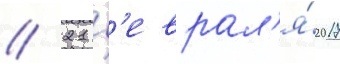
// 21 ф'еврал'я́ 2017